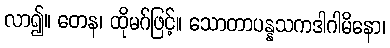
လာ၍။ တေန၊ ထိုမဂ်ဖြင့်။ သောတာပန္နသကဒါဂါမိနော၊